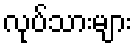
လုပ်သားများ